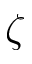
\zeta